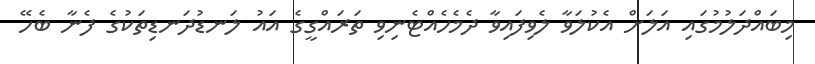
މިބައްދަލުމުގައި އަލަށް އެކުލަވާ ލެވިފައިވާ ދެމެހެއްޓެނިވި ތަރައްގީގެ އައު ލަނޑުދަނޑިތަކުގެ ފެނާ ބެހޭ